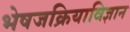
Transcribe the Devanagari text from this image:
भेषजक्रियाविज्ञान